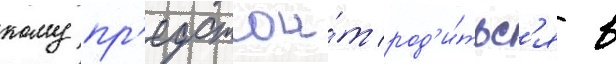
кому пр'едстои́т род'и́тьс'я в